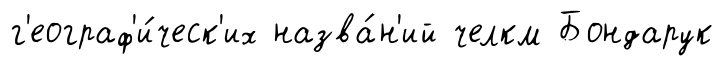
г'еограф'и́ческ'их назва́н'ий челкм Бондарук